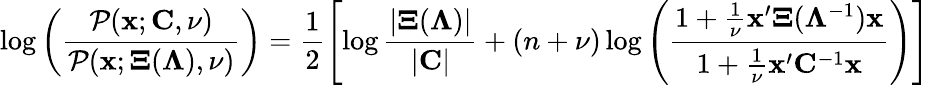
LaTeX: \log\left(\frac{\mathcal{P}({\mathbf x};{\mathbf C},\nu)}{\mathcal{P}({\mathbf x};{\mathbf\Xi}({\mathbf\Lambda}),\nu)}\right)=\frac{1}{2}\left[\log\frac{|{\mathbf\Xi}({\mathbf\Lambda})|}{|{\mathbf C}|}+(n+\nu)\log\left(\frac{1+\frac{1}{\nu}\mathbf{x}^{\prime}{\mathbf\Xi}({\mathbf\Lambda}^{-1})\mathbf{x}}{1+\frac{1}{\nu}\mathbf{x}^{\prime}\mathbf{C}^{-1}\mathbf{x}}\right)\right]